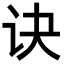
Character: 诀